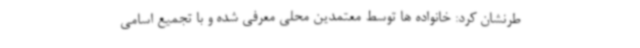
طرنشان کرد: خانواده ها توسط معتمدین محلی معرفی شده و با تجمیع اسامی